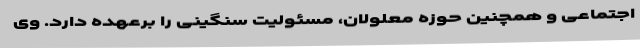
اجتماعی و همچنین حوزه معلولان، مسئولیت سنگینی را برعهده دارد. وی